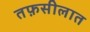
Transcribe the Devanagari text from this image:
तफ़सीलात